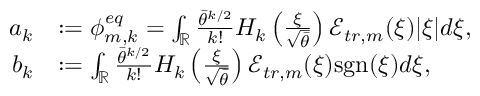
\begin{array} { r l } { a _ { k } } & { : = \phi _ { m , k } ^ { e q } = \int _ { \mathbb { R } } \frac { \bar { \theta } ^ { k / 2 } } { k ! } H _ { k } \left( \frac { \xi } { \sqrt { \bar { \theta } } } \right) \mathcal { E } _ { t r , m } ( \xi ) | \xi | d \xi , } \\ { b _ { k } } & { : = \int _ { \mathbb { R } } \frac { \bar { \theta } ^ { k / 2 } } { k ! } H _ { k } \left( \frac { \xi } { \sqrt { \bar { \theta } } } \right) \mathcal { E } _ { t r , m } ( \xi ) \mathrm { s g n } ( \xi ) d \xi , } \end{array}